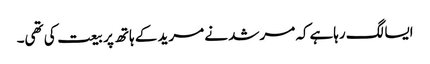
ایسا لگ رہاہےکہ مرشد نے مرید کے ہاتھ پر بیعت کی تھی۔